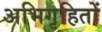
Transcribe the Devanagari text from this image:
अभिगृहितों